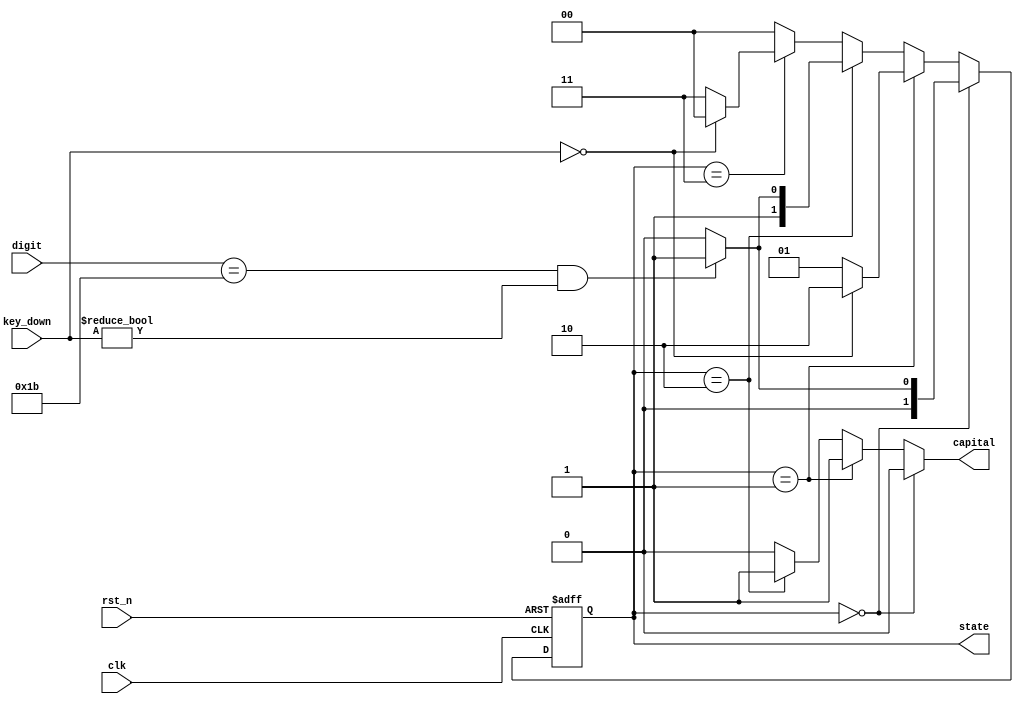
module fsm(
    state,
    capital,
    digit,
    key_down,
    clk,
    rst_n
);
output [1:0] state;
output capital;
input [4:0] digit;
input [511:0] key_down;
input clk, rst_n;
reg [1:0] state, next_state;
reg capital;

always @*
    if (state == 2'd0) begin    //lower case state
        if (digit == 5'd27 && key_down != 512'b0)
            next_state = 2'd1;
        else
            next_state = 2'd0;
    end
    else if (state == 2'd1) begin   //buffer state
        if (key_down == 512'b0)
            next_state = 2'd2;
        else
            next_state = 2'd1;
    end
    else if (state == 2'd2) begin
        if (digit == 5'd27 && key_down != 512'b0)
            next_state = 2'd3;
        else
            next_state = 2'd2;        
    end
    else if (state == 2'd3) begin   //buffer state
        if (key_down == 512'b0)
            next_state = 2'd0;
        else
            next_state = 2'd3;
    end
    else    //default state
        next_state = 2'd0;

always @*
    if (state == 2'd0)
        capital = 1'b0;
    else if (state == 2'd1)
        capital = 1'b1;
    else if (state == 2'd2)
        capital = 1'b1;
    else
        capital = 1'b0;

always @(posedge clk or negedge rst_n)
    if (~rst_n)
        state <= 2'd0;
    else
        state <= next_state;

endmodule